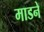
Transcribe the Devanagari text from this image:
माडने